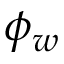
\phi _ { w }